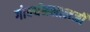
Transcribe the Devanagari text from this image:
गोवर्धनलालजी